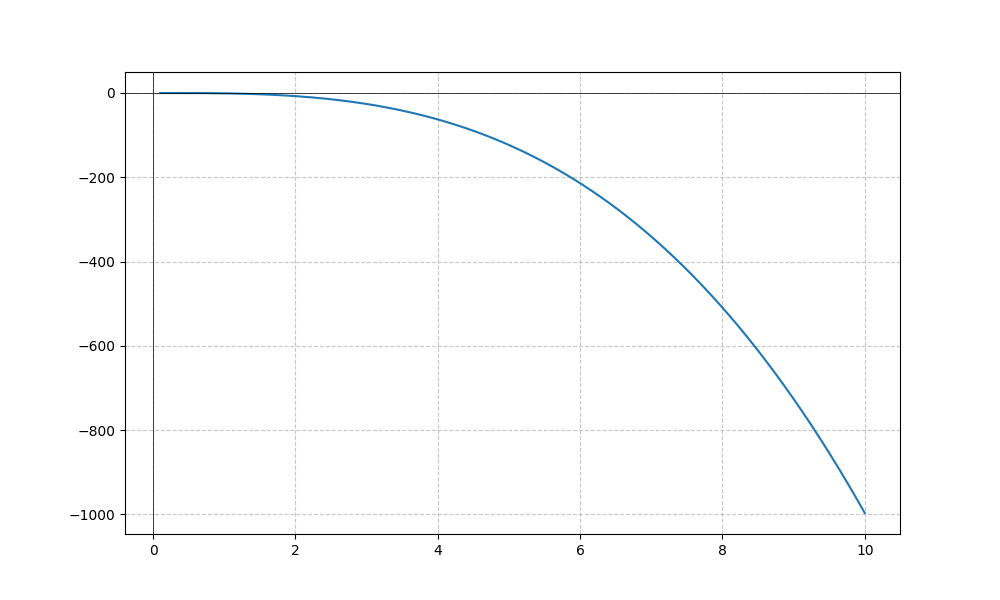
LaTeX formula: - x^{4} \operatorname{acot}{\left(x \right)}